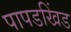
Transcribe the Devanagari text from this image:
पापडखिंड